Annual report of the Punjab Veterinary College and of the Civil Veterinary Department, Punjab - 1894-1908
Year: 1894
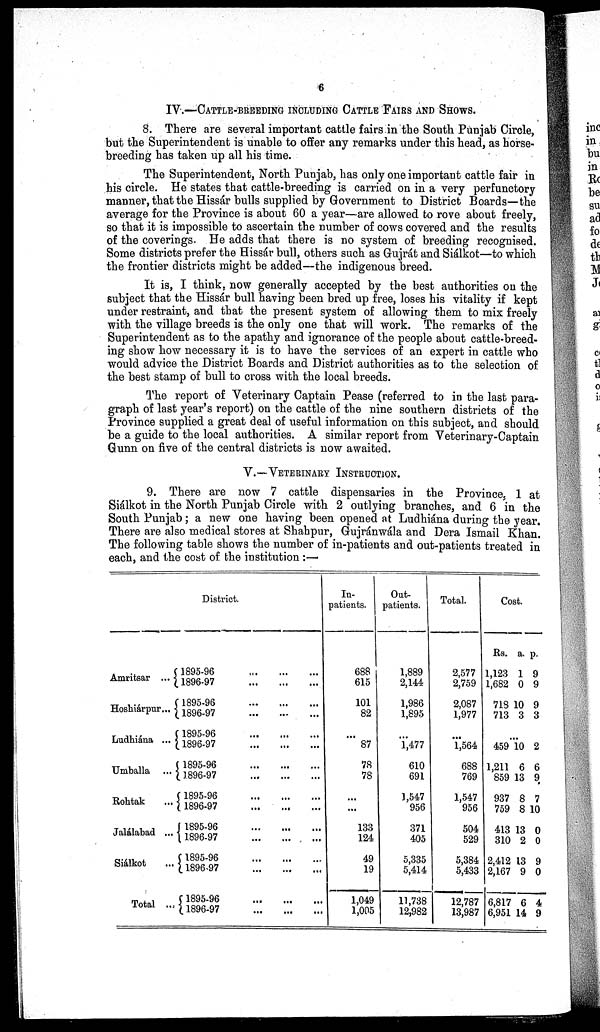
6
IV.—CATTLE-BREEDING INCLUDING CATTLE FAIRS AND SHOWS.
8. There are several important cattle fairs in the South Punjab Circle,
but the Superintendent is unable to offer any remarks under this head, as horse-
breeding has taken up all his time.
The Superintendent, North Punjab, has only one important cattle fair in
his circle. He states that cattle-breeding is carried on in a very perfunctory
manner, that the Hissár bulls supplied by Government to District Boards—the
average for the Province is about 60 a year—are allowed to rove about freely,
so that it is impossible to ascertain the number of cows covered and the results
of the coverings. He adds that there is no system of breeding recognised.
Some districts prefer the Hissár bull, others such as Gujrát and Siálkot—to which
the frontier districts might be added—the indigenous breed.
It is, I think, now generally accepted by the best authorities on the
subject that the Hissár bull having been bred up free, loses his vitality if kept
under restraint, and that the present system of allowing them to mix freely
with the village breeds is the only one that will work. The remarks of the
Superintendent as to the apathy and ignorance of the people about cattle-breed-
ing show how necessary it is to have the services of an expert in cattle who
would advice the District Boards and District authorities as to the selection of
the best stamp of bull to cross with the local breeds.
The report of Veterinary Captain Pease (referred to in the last para-
graph of last year's report) on the cattle of the nine southern districts of the
Province supplied a great deal of useful information on this subject, and should
be a guide to the local authorities. A similar report from Veterinary-Captain
Gunn on five of the central districts is now awaited.
V.—VETERINARY INSTRUCTION.
9. There are now 7 cattle dispensaries in the Province. 1 at
Siálkot in the North Punjab Circle with 2 outlying branches, and 6 in the
South Punjab; a new one having been opened at Ludhiána during the year.
There are also medical stores at Shahpur, Gujránwála and Dera Ismail Khan.
The following table shows the number of in-patients and out-patients treated in
each, and the cost of the institution :—
Amritsar ...
Hoshiárpur...
Ludhiána ...
Umballa ...
Rohtak ...
Jalálabad ...
Siálkot ...
Total ...
District.
1895-96 … … …
1896-97
…
…
…
1895-96
…
…
…
1896-97 … … …
1895-96
…
…
…
1896-97
…
…
…
1895-96
…
…
…
1896-97
…
…
…
1895-96
…
…
…
1896-97
…
…
…
1895-96 … … …
1896-97 … … …
1895-96
…
…
…
1896-97
…
…
…
1895-96
…
…
…
1896-97
…
…
…
In-
patients.
688
615
101
82
...
87
78
78
...
...
133
124
49
19
1,049
1,005
Out-
patients.
1,889
2,144
1,986
1,895
...
1,477
610
691
1,547
956
371
405
5,335
5,414
11,738
12,982
Total.
2,577
2,759
2,087
1,977
...
1,564
688
769
1,547
956
504
529
5,384
5,433
12,787
13,987
Cost.
Rs.
1,123
1,682
718
713
a.
1
0
10
3
p.
9
9
9
3
...
459
1,211
859
937
759
413
310
2,412
2,167
6,817
6,951
10
6
13
8
8
13
2
13
9
6
14
2
6
9
7
10
0
0
9
0
4
9